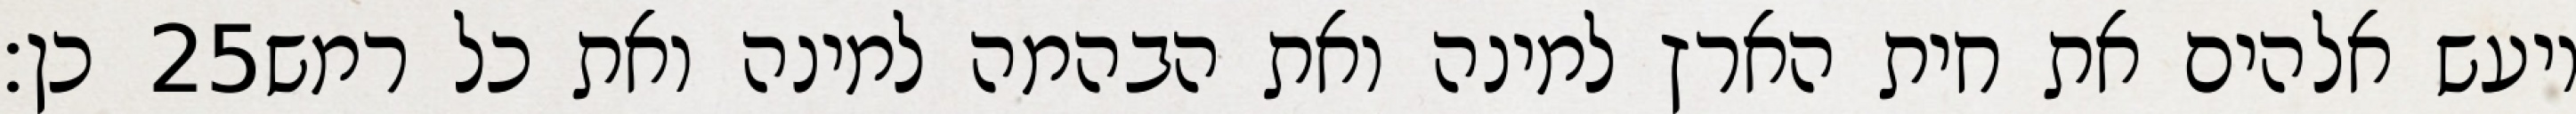
כן׃ ‎25‏ ויעש אלהים את חית הארץ למינה ואת הבהמה למינה ואת כל רמש